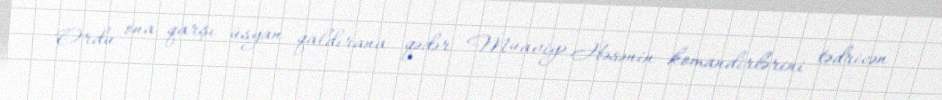
Ordu ona qarşı üsyan qaldırana qədər Muaviyə Həsənin komandirlərini tədricən